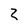
Character: 2